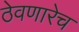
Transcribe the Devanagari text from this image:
ठेवणारेच